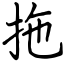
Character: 拖